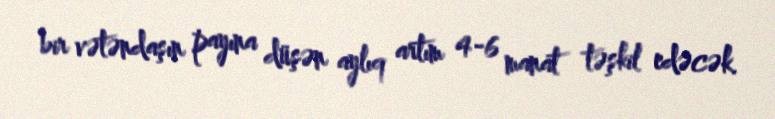
bir vətəndaşın payına düşən aylıq artım 4-6 manat təşkil edəcək.